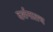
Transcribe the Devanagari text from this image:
दर्शनातच